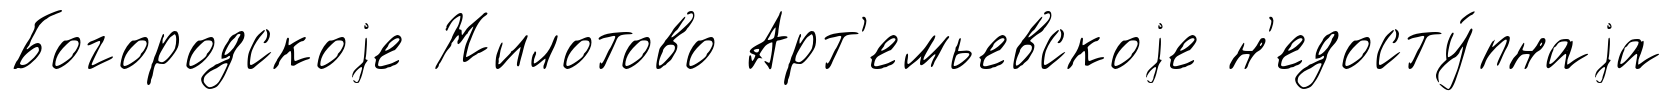
Богородскоjе Жилотово Арт'емьевскоjе н'едосту́пнаjа